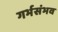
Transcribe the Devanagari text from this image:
गर्भसंभव